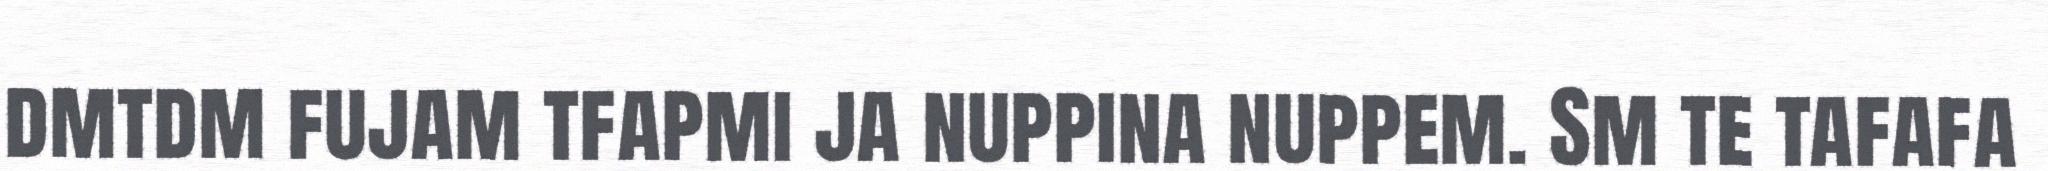
dmtdm fujam tfapmi ja nuppina nuppem. Sm te tafafa